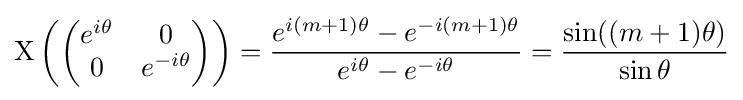
\mathrm {X} \left({\begin{pmatrix}e^{i\theta }&0\\0&e^{-i\theta }\end{pmatrix}}\right)={\frac {e^{i(m+1)\theta }-e^{-i(m+1)\theta }}{e^{i\theta }-e^{-i\theta }}}={\frac {\sin((m+1)\theta )}{\sin \theta }}